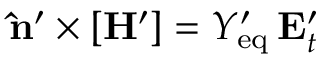
\mathbf { \hat { n } } ^ { \prime } \times [ \mathbf { H } ^ { \prime } ] = Y _ { \mathrm { e q } } ^ { \prime } \, \mathbf { E } _ { t } ^ { \prime }